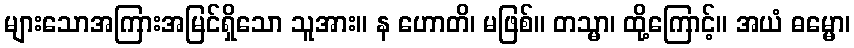
များသောအကြားအမြင်ရှိသော သူအား။ န ဟောတိ၊ မဖြစ်။ တသ္မာ၊ ထို့ကြောင့်။ အယံ ဓမ္မော၊